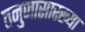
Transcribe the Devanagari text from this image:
तनुजासारख्या